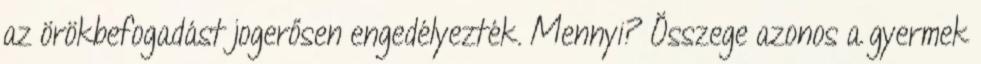
az örökbefogadást jogerősen engedélyezték. Mennyi? Összege azonos a gyermek